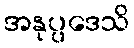
အနုပ္ပဒေသိ